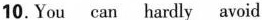
10.You can hardly avoid